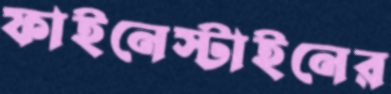
ফাইনেস্টাইনের